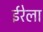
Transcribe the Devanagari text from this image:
ईरेला